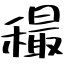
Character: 穝